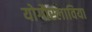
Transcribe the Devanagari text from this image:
योगौस्लाविया